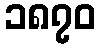
၁၈၇၀